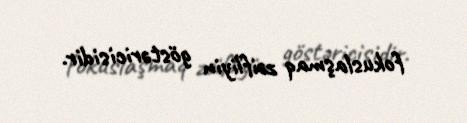
fokuslaşmaq zəifliyin göstəricisidir.